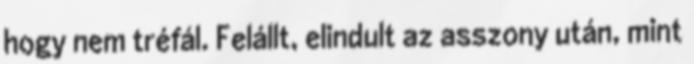
hogy nem tréfál. Felállt, elindult az asszony után, mint